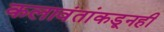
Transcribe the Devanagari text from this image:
कलावंतांकडूनही